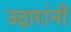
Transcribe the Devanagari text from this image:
उद्गारांनी